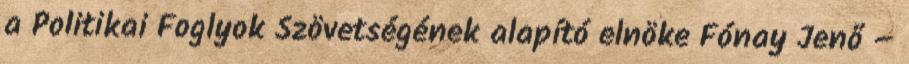
a Politikai Foglyok Szövetségének alapító elnöke Fónay Jenő –